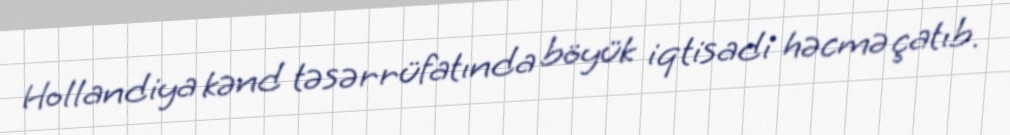
Hollandiya kənd təsərrüfatında böyük iqtisadi həcmə çatıb.